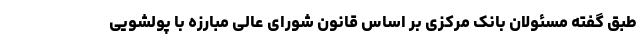
طبق گفته مسئولان بانک مرکزی بر اساس قانون شورای عالی مبارزه با پولشویی